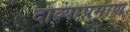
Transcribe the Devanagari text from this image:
दाव्यांप्रमाणे